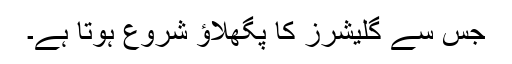
جس سے گلیشرز کا پگھلاؤ شروع ہوتا ہے۔